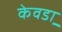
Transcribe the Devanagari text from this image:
केवडा़